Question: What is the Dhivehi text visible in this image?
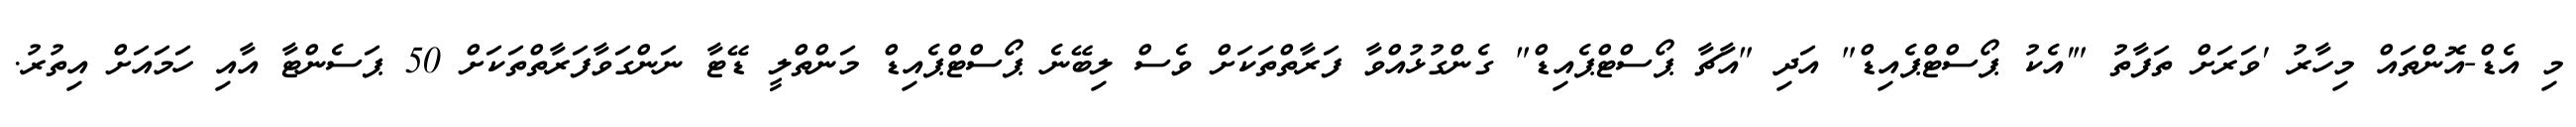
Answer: މި އެޑް-އޮންތައް މިހާރު 'ވަރަށް ތަފާތު "'އެކު ޕޯސްޓްޕެއިޑް" އަދި "އާޗާ ޕޯސްޓްޕެއިޑް" ގެންގުޅުއްވާ ފަރާތްތަކަށް ވެސް ލިބޭނެ ޕޯސްޓްޕެއިޑް މަންތްލީ ޑޭޓާ ނަންގަވާފަރާތްތަކަށް 50 ޕަސެންޓާ އާއި ހަމައަށް އިތުރު.